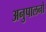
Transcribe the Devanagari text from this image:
अनुपालनों